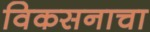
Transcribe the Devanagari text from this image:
विकसनाचा